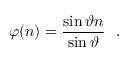
\varphi ( n ) = \frac { \sin \vartheta n } { \sin \vartheta } \ \ .